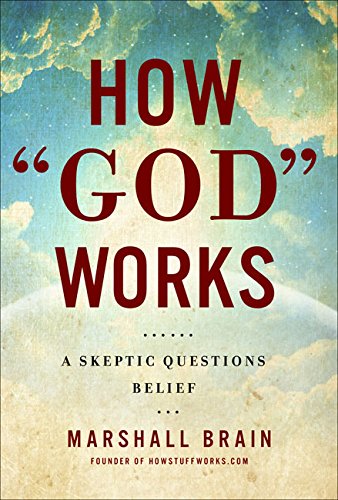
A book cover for How "God" Works: A Logical Inquiry on Faith; Marshall Brain; Religion & Spirituality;